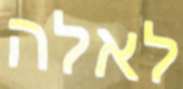
לאלה